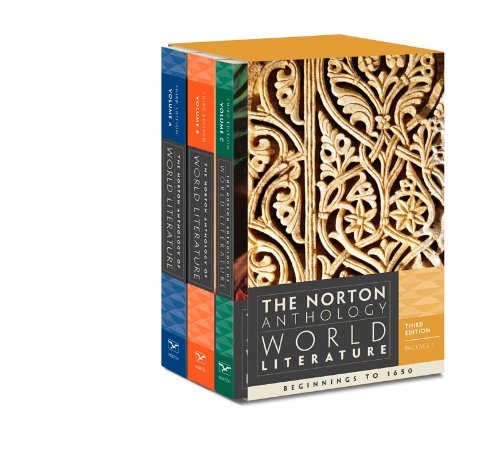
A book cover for The Norton Anthology of World Literature (Third Edition)  (Vol. Package 1: Vols. A, B, C); Literature & Fiction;